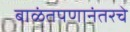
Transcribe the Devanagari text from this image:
बाळंतपणानंतरचे